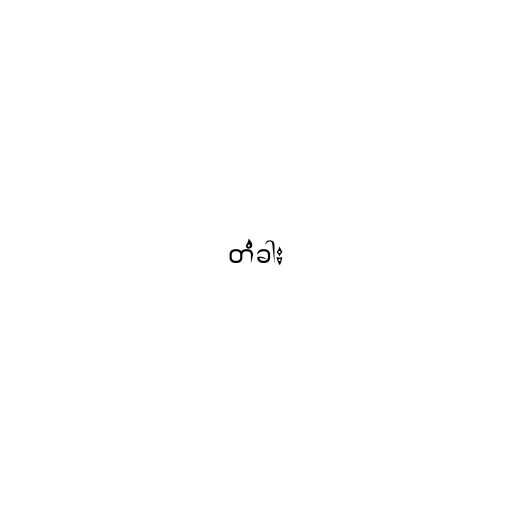
တံခါး